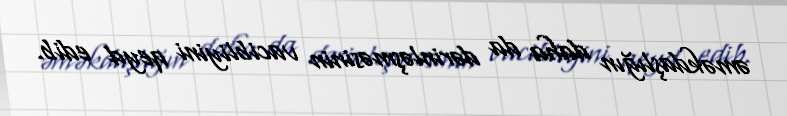
əməkdaşlığın daha da dərinləşməsinin vacibliyini qeyd edib.